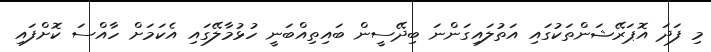
މި ފަދަ އޮޕަރޭޝަންތަކުގައި އަތުލައިގަންނަ ބިދޭސީން ބައިތިއްބަނީ ހުޅުމާލޭގައި އެކަމަށް ހާއްސަ ކޮށްފައި